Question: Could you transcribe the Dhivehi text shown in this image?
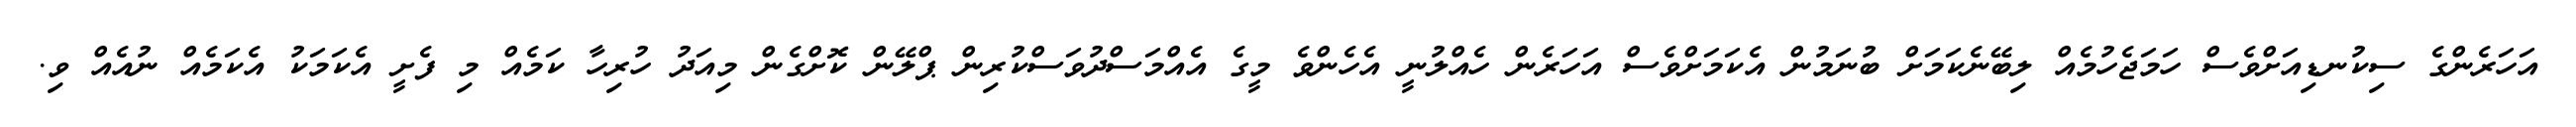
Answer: އަހަރެންގެ ސިކުނޑިއަށްވެސް ހަމަޖެހުމެއް ލިބޭނެކަމަށް ބުނަމުން އެކަމަށްވެސް އަހަރެން ހެއްލުނީ އެހެންވެ މީގެ އެއްމަސްދުވަސްކުރިން ޕްލޭން ކޮށްގެން މިއަދު ހުރިހާ ކަމެއް މި ފެށީ އެކަމަކު އެކަމެއް ނުއެއް ވި.